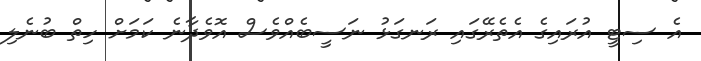
އެ ސިޓީ އުރައިގެ އެތެރޭގައި ރަނގަޅު ނަސީބެއްވެސް އޮވެދާނެ ކަމަށް ހިތް ބުނެލި